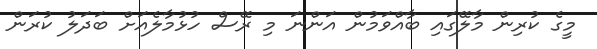
މީގެ ކުރިން މާލޭގައި ބާއްވަމުން އަންނަ މި ރޭސް ހުޅުމާލެއަށް ބަަދަލު ކުރަން